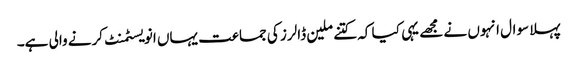
پہلا سوال انہوں نے مجھے یہی کیا کہ کتنے ملین ڈالرز کی جماعت یہاں انویسٹمنٹ کرنے والی ہے۔